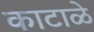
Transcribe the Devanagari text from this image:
काटाळे